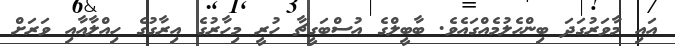
އައި މާވަރުގަދަ ބިންހެލުމެއްގައެވެ. ބާބީލްގެ އުސްބަގީޗާ ހުރީ މިހާރުގެ އިރާގުގެ ހިއްލާއާއި ވަރަށް